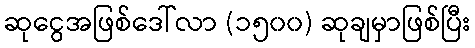
ဆုငွေအဖြစ်ဒေါ်လာ (၁၅၀၀) ဆုချမှာဖြစ်ပြီး